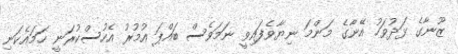
ޒޫނާގެ ޅަދުވަހު އޭނާގެ މަންމަ ނިޔާވެފައިވީ ނަމަވެސް ބައްޕަ އުމުރު އެހުސްކުރަނީ ހަމައެކަނި